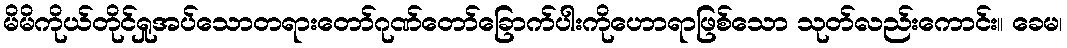
မိမိကိုယ်တိုင်ရှုအပ်သောတရားတော်ဂုဏ်တော်ခြောက်ပါးကိုဟောရာဖြစ်သော သုတ်လည်းကောင်း။ ခေမ၊